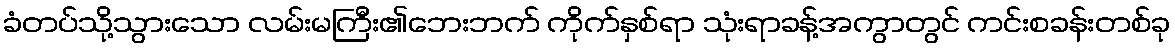
ခံတပ်သို့သွားသော လမ်းမကြီး၏ဘေးဘက် ကိုက်နှစ်ရာ သုံးရာခန့်အကွာတွင် ကင်းစခန်းတစ်ခု